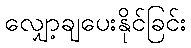
လျှော့ချပေးနိုင်ခြင်း